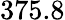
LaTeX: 375.8